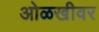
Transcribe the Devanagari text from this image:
ओळखीवर